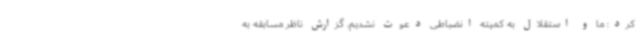
کرد: ما و استقلال به کمیته انضباطی دعوت نشدیم. گزارش ناظر مسابقه به